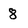
Character: 8